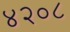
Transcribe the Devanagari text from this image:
४२०८